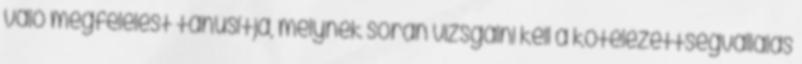
való megfelelést tanúsítja, melynek során vizsgálni kell a kötelezettségvállalás